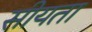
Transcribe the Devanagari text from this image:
सीयता